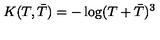
K ( T , { \bar { T } } ) = - \log ( T + { \bar { T } } ) ^ { 3 }